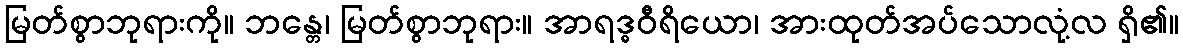
မြတ်စွာဘုရားကို။ ဘန္တေ၊ မြတ်စွာဘုရား။ အာရဒ္ဓဝီရိယော၊ အားထုတ်အပ်သောလုံ့လ ရှိ၏။